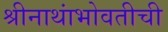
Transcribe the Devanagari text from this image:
श्रीनाथांभोवतीची